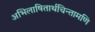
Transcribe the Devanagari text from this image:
अभिलाषितार्थचिन्तामणि